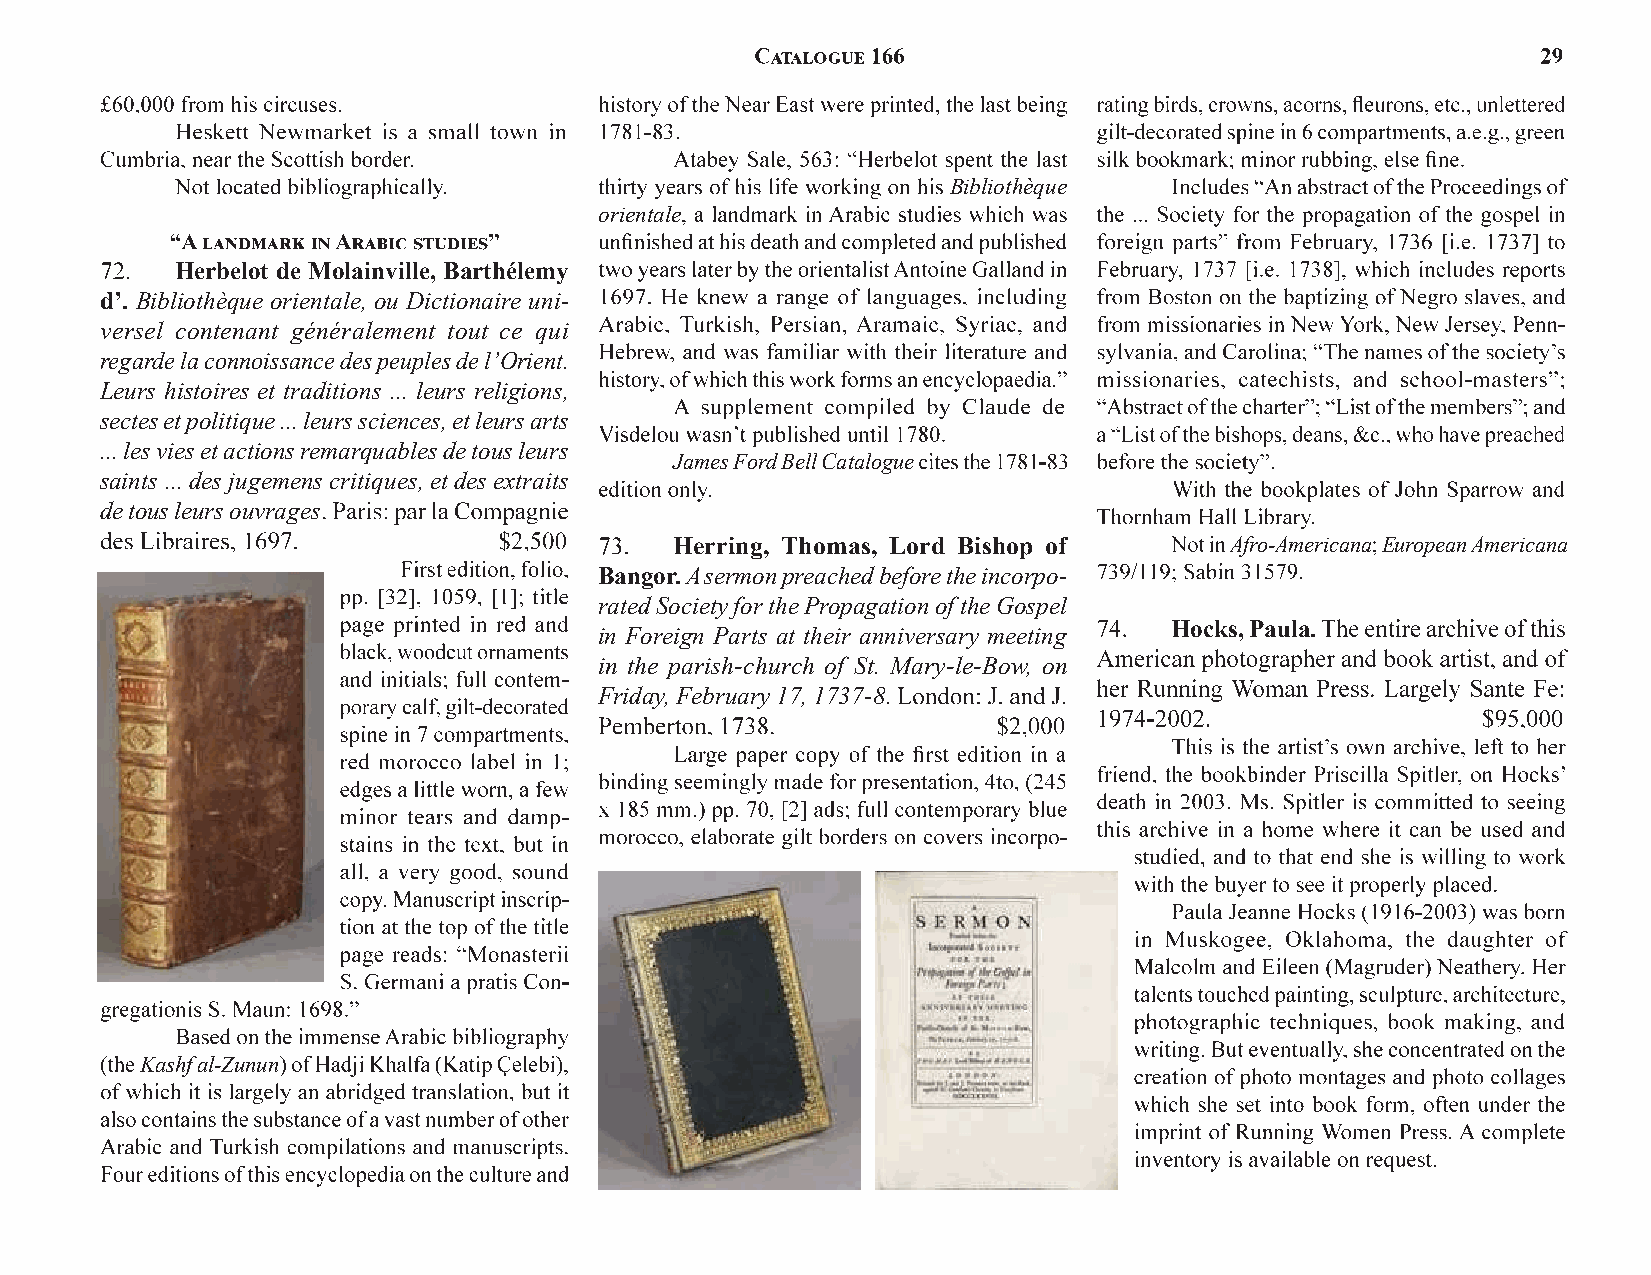
Bibliothèque
 orientale
 Herbelot de Molainville, Barthélemy
 d’. Bibliothèque orientale, ou Dictionaire uni-
 versel contenant généralement tout ce qui
 regarde la connoissance des peuples de l’Orient.
 Leurs histoires et traditions ... leurs religions,
 sectes et politique ... leurs sciences, et leurs arts
 ... les vies et actions remarquables de tous leurs
 James Ford Bell Catalogue
 saints ... des jugemens critiques, et des extraits
 de tous leurs ouvrages
 Herring, Thomas, Lord Bishop of     Afro-Americana European Americana
 Bangor.A sermon preached before the incorpo-
 rated Society for the Propagation of the Gospel
 Hocks, Paula.
 in Foreign Parts at their anniversary meeting
 in the parish-church of St. Mary-le-Bow, on
 Friday, February 17, 1737-8
 Kashf al-Zunun